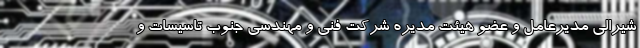
شیرالی مدیرعامل و عضو هیئت مدیره شرکت فنی و مهندسی جنوب تاسیسات و